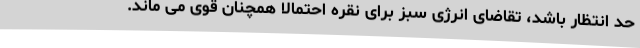
حد انتظار باشد، تقاضای انرژی سبز برای نقره احتمالا همچنان قوی می ماند.